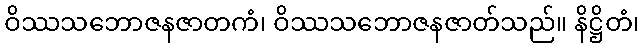
ဝိဿသဘောဇနဇာတကံ၊ ဝိဿသဘောဇနဇာတ်သည်။ နိဋ္ဌိတံ၊